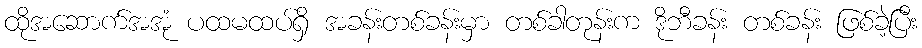
ထိုအဆောက်အအုံ ပထမထပ်ရှိ အခန်းတစ်ခန်းမှာ တစ်ခါတုန်းက ဒိုဘီခန်း တစ်ခန်း ဖြစ်ခဲ့ပြီး